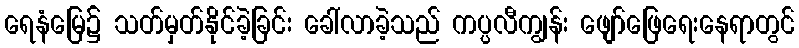
ရေနံမြေ၌ သတ်မှတ်နိုင်ခဲ့ခြင်း ခေါ်လာခဲ့သည် ကပ္ပလီကျွန်း ဖျော်ဖြေရေးနေရာတွင်